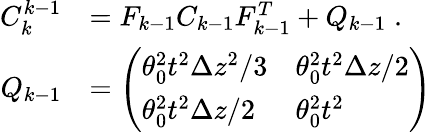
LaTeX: \begin{array}{rl}{C_{k}^{k-1}}&{=F_{k-1}C_{k-1}F_{k-1}^{T}+Q_{k-1}\; .}\\ {Q_{k-1}}&{=\left(\begin{array}{ll}{\theta_{0}^{2}t^{2}\Delta z^{2}/3}&{\theta_{0}^{2}t^{2}\Delta z/2}\\ {\theta_{0}^{2}t^{2}\Delta z/2}&{\theta_{0}^{2}t^{2}}\end{array}\right)}\end{array}